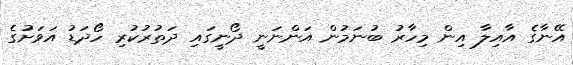
އޭނާގެ އާއިލާ އިން މިހާރު ބުނަމުން އަންނަނީ ދޯނީގައި ދަތުރުކުރި ހޯދަޑު އަވަށުގެ